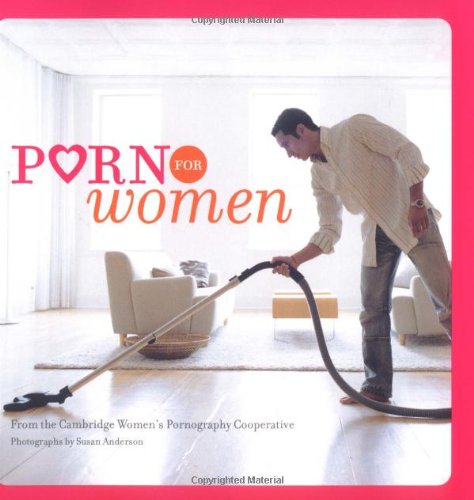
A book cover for Porn for Women; Cambridge Women's Pornography Cooperative; Humor & Entertainment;